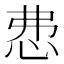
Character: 𢘍